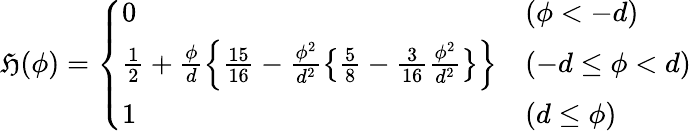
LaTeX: \mathfrak{H}(\phi)=\left\{ \begin{array}{ll}{0}&{(\phi<-d)}\\ {\frac{1}{2}+\frac{\phi}{d}\Bigl\{ \frac{15}{16}-\frac{\phi^{2}}{d^{2}}\bigl\{ \frac{5}{8}-\frac{3}{16}\frac{\phi^{2}}{d^{2}}\bigr\} \Bigr\} }&{(-d\leq\phi<d)}\\ {1}&{(d\leq\phi)}\end{array}\right.